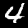
Digit: 4